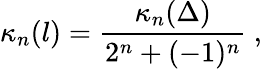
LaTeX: \kappa_{n}(l)=\frac{\kappa_{n}(\Delta)}{2^{n}+(-1)^{n}}\ ,